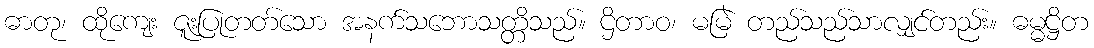
ဓာတု၊ ထိုကျေး ဇူးပြုတတ်သော အနက်သဘောသတ္တိသည်။ ဌိတာဝ၊ မမြဲ တည်သည်သာလျှင်တည်း။ ဓမ္မဋ္ဌိတ